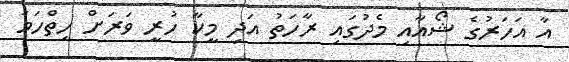
އާ އަހަރުގެ ޝޯއާއި މެދުގައި ރާހަތު އަދި މީކާ ހުރީ ވަރަށް ހިތްހަމަ